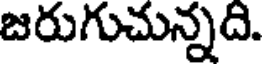
జరుగుచున్నది.